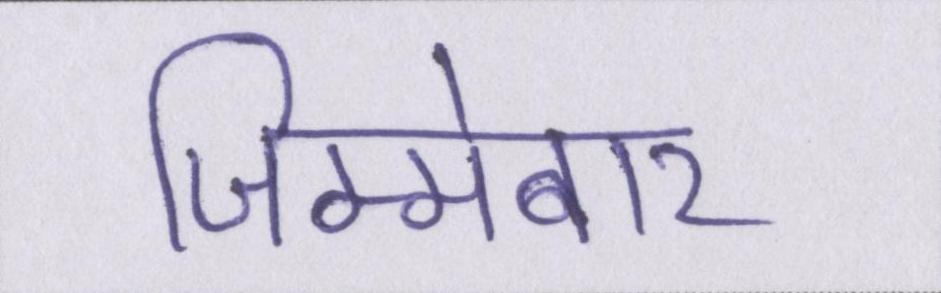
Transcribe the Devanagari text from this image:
जिम्मेबार